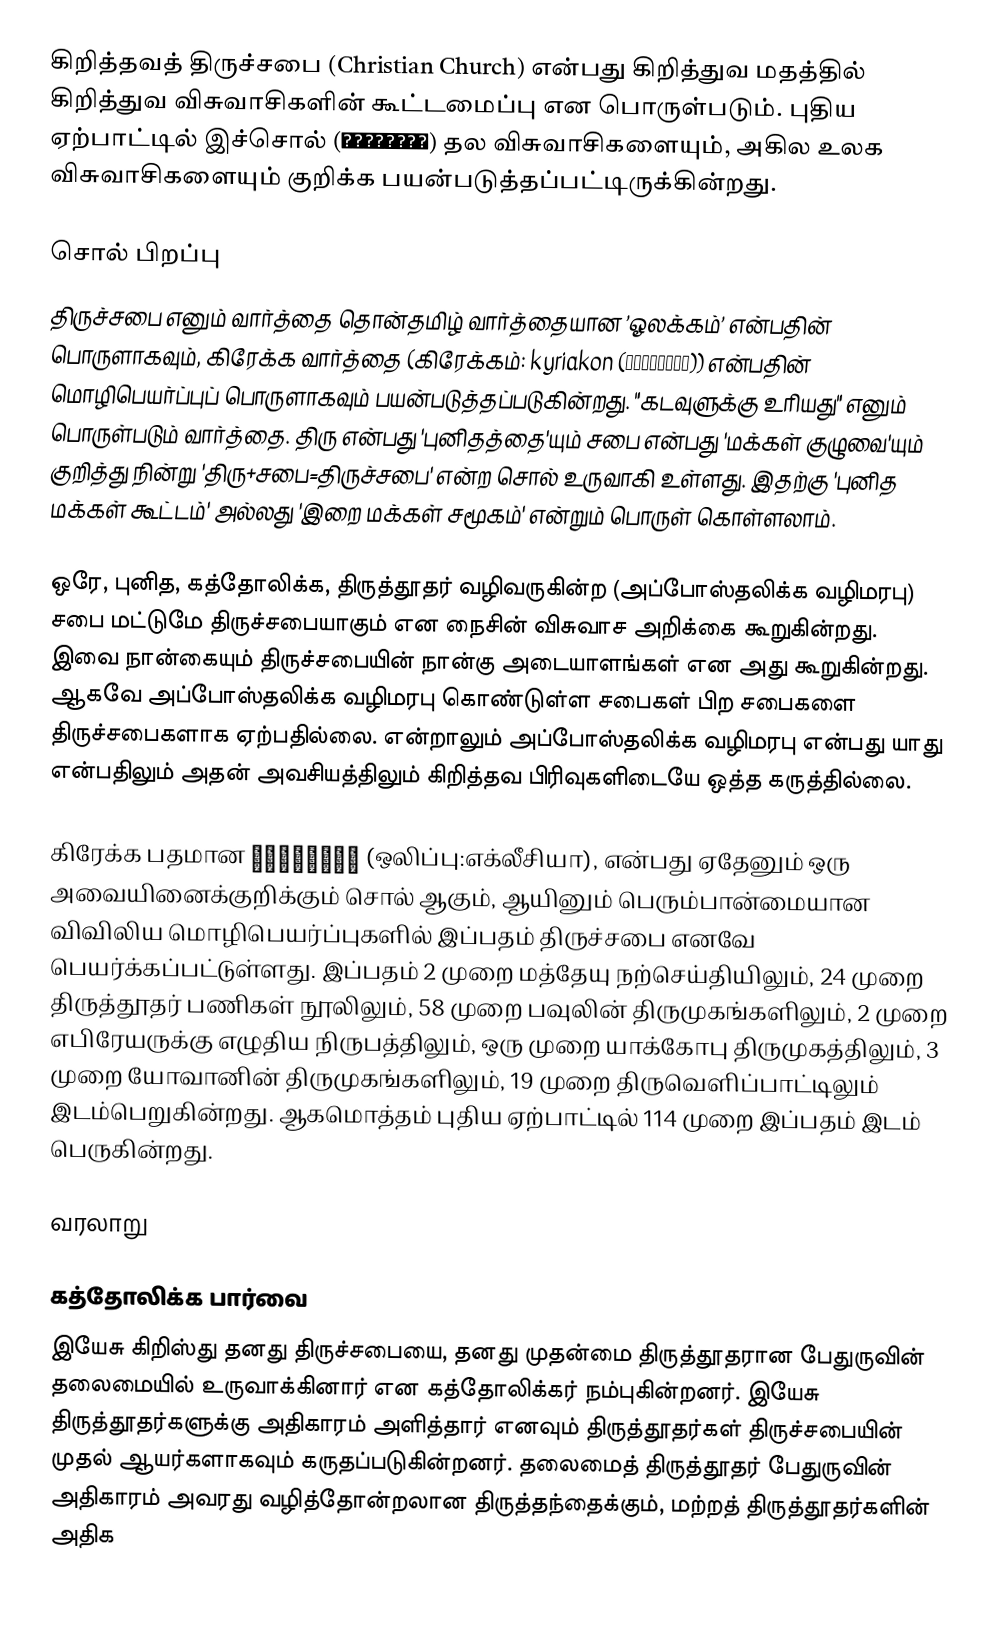
கிறித்தவத் திருச்சபை (Christian Church) என்பது கிறித்துவ மதத்தில் கிறித்துவ விசுவாசிகளின் கூட்டமைப்பு என பொருள்படும். புதிய ஏற்பாட்டில் இச்சொல் (ἐκκλησία) தல விசுவாசிகளையும், அகில உலக விசுவாசிகளையும் குறிக்க பயன்படுத்தப்பட்டிருக்கின்றது.

சொல் பிறப்பு
திருச்சபை எனும் வார்த்தை தொன்தமிழ் வார்த்தையான ’ஓலக்கம்’ என்பதின் பொருளாகவும், கிரேக்க வார்த்தை (கிரேக்கம்: kyriakon (κυριακόν)) என்பதின் மொழிபெயர்ப்புப் பொருளாகவும் பயன்படுத்தப்படுகின்றது. "கடவுளுக்கு உரியது" எனும் பொருள்படும் வார்த்தை. திரு என்பது 'புனிதத்தை'யும் சபை என்பது 'மக்கள் குழுவை'யும் குறித்து நின்று 'திரு+சபை=திருச்சபை' என்ற சொல் உருவாகி உள்ளது. இதற்கு 'புனித மக்கள் கூட்டம்' அல்லது 'இறை மக்கள் சமூகம்' என்றும் பொருள் கொள்ளலாம்.

ஒரே, புனித, கத்தோலிக்க, திருத்தூதர் வழிவருகின்ற (அப்போஸ்தலிக்க வழிமரபு) சபை மட்டுமே திருச்சபையாகும் என நைசின் விசுவாச அறிக்கை கூறுகின்றது. இவை நான்கையும் திருச்சபையின் நான்கு அடையாளங்கள் என அது கூறுகின்றது. ஆகவே அப்போஸ்தலிக்க வழிமரபு கொண்டுள்ள சபைகள் பிற சபைகளை திருச்சபைகளாக ஏற்பதில்லை. என்றாலும் அப்போஸ்தலிக்க வழிமரபு என்பது யாது என்பதிலும் அதன் அவசியத்திலும் கிறித்தவ பிரிவுகளிடையே ஒத்த கருத்தில்லை.

கிரேக்க பதமான ἐκκλησία (ஒலிப்பு:எக்லீசியா), என்பது ஏதேனும் ஒரு அவையினைக்குறிக்கும் சொல் ஆகும், ஆயினும் பெரும்பான்மையான விவிலிய மொழிபெயர்ப்புகளில் இப்பதம் திருச்சபை எனவே பெயர்க்கப்பட்டுள்ளது. இப்பதம் 2 முறை மத்தேயு நற்செய்தியிலும், 24 முறை திருத்தூதர் பணிகள் நூலிலும், 58 முறை பவுலின்  திருமுகங்களிலும், 2 முறை எபிரேயருக்கு எழுதிய நிருபத்திலும், ஒரு முறை யாக்கோபு திருமுகத்திலும், 3 முறை யோவானின் திருமுகங்களிலும், 19 முறை திருவெளிப்பாட்டிலும் இடம்பெறுகின்றது. ஆகமொத்தம் புதிய ஏற்பாட்டில் 114 முறை இப்பதம் இடம் பெருகின்றது.

வரலாறு

கத்தோலிக்க பார்வை
இயேசு கிறிஸ்து தனது திருச்சபையை, தனது முதன்மை திருத்தூதரான பேதுருவின் தலைமையில் உருவாக்கினார் என கத்தோலிக்கர் நம்புகின்றனர். இயேசு திருத்தூதர்களுக்கு அதிகாரம் அளித்தார் எனவும் திருத்தூதர்கள் திருச்சபையின் முதல் ஆயர்களாகவும் கருதப்படுகின்றனர். தலைமைத் திருத்தூதர் பேதுருவின் அதிகாரம் அவரது வழித்தோன்றலான திருத்தந்தைக்கும், மற்றத் திருத்தூதர்களின் அதிக